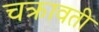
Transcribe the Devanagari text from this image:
चक्रावती